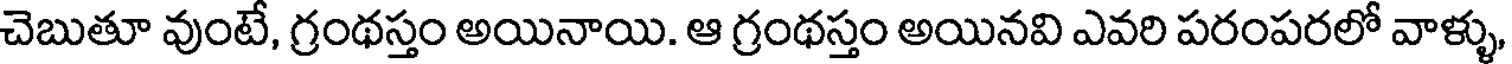
చెబుతూ వుంటే, గ్రంథస్తం అయినాయి. ఆ గ్రంథస్తం అయినవి ఎవరి పరంపరలో వాళ్ళు